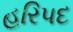
હરિપદ